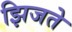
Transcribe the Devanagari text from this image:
झिजते